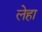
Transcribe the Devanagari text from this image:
लेहा